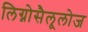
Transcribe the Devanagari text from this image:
लिग्नोसैलूलोज